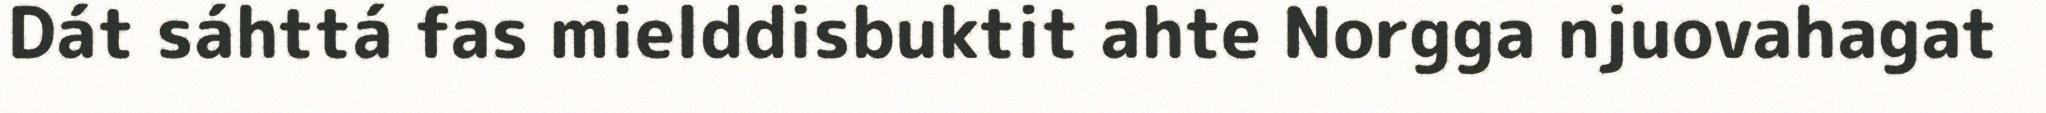
Dát sáhttá fas mielddisbuktit ahte Norgga njuovahagat